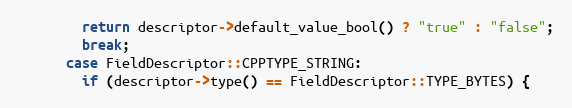
Language: C++
        return descriptor->default_value_bool() ? "true" : "false";
        break;
      case FieldDescriptor::CPPTYPE_STRING:
        if (descriptor->type() == FieldDescriptor::TYPE_BYTES) {